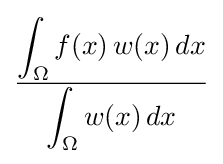
{\frac {\displaystyle \int _{\Omega }f(x)\,w(x)\,dx}{\displaystyle \int _{\Omega }w(x)\,dx}}